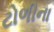
ટોળીના